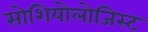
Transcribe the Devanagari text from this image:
सोशियोलोजिस्ट